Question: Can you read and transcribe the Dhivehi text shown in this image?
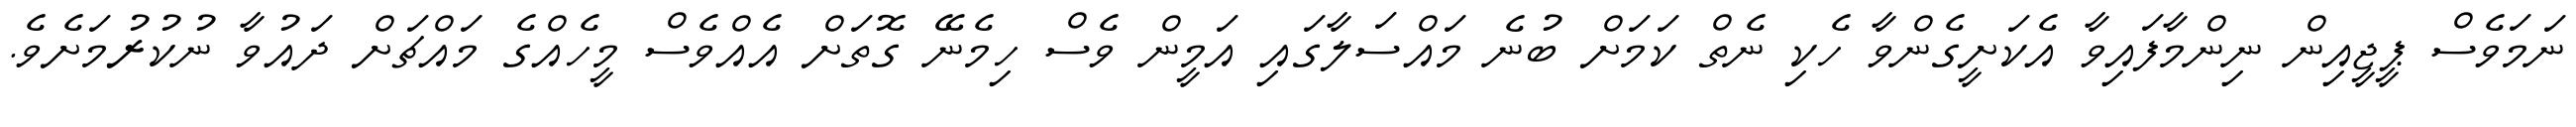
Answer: ނަމަވެސް ޕީޖީއިން ނިންމާފައިވާ އެކަށީގެންވާ ހެކި ނެތް ކަމަށް ބުނެ މައްސަލާގައި އަމީން ވެސް ހިމެނޭ ގޮތަށް އެއްވެސް މީހެއްގެ މައްޗަށް ދައުވާ ނުކުރުމަށެވެ.